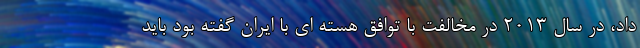
داد، در سال 2013 در مخالفت با توافق هسته ای با ایران گفته بود باید